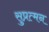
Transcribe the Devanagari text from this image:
सुप्रत्मन